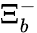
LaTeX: \Xi_{b}^{-}